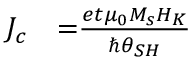
\begin{array} { l l } { J _ { c } } & { { = } \frac { e t { \mu } _ { 0 } M _ { s } H _ { K } } { { \hslash } { \theta } _ { S H } } } \end{array}